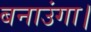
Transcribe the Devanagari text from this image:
बनाउंगा।